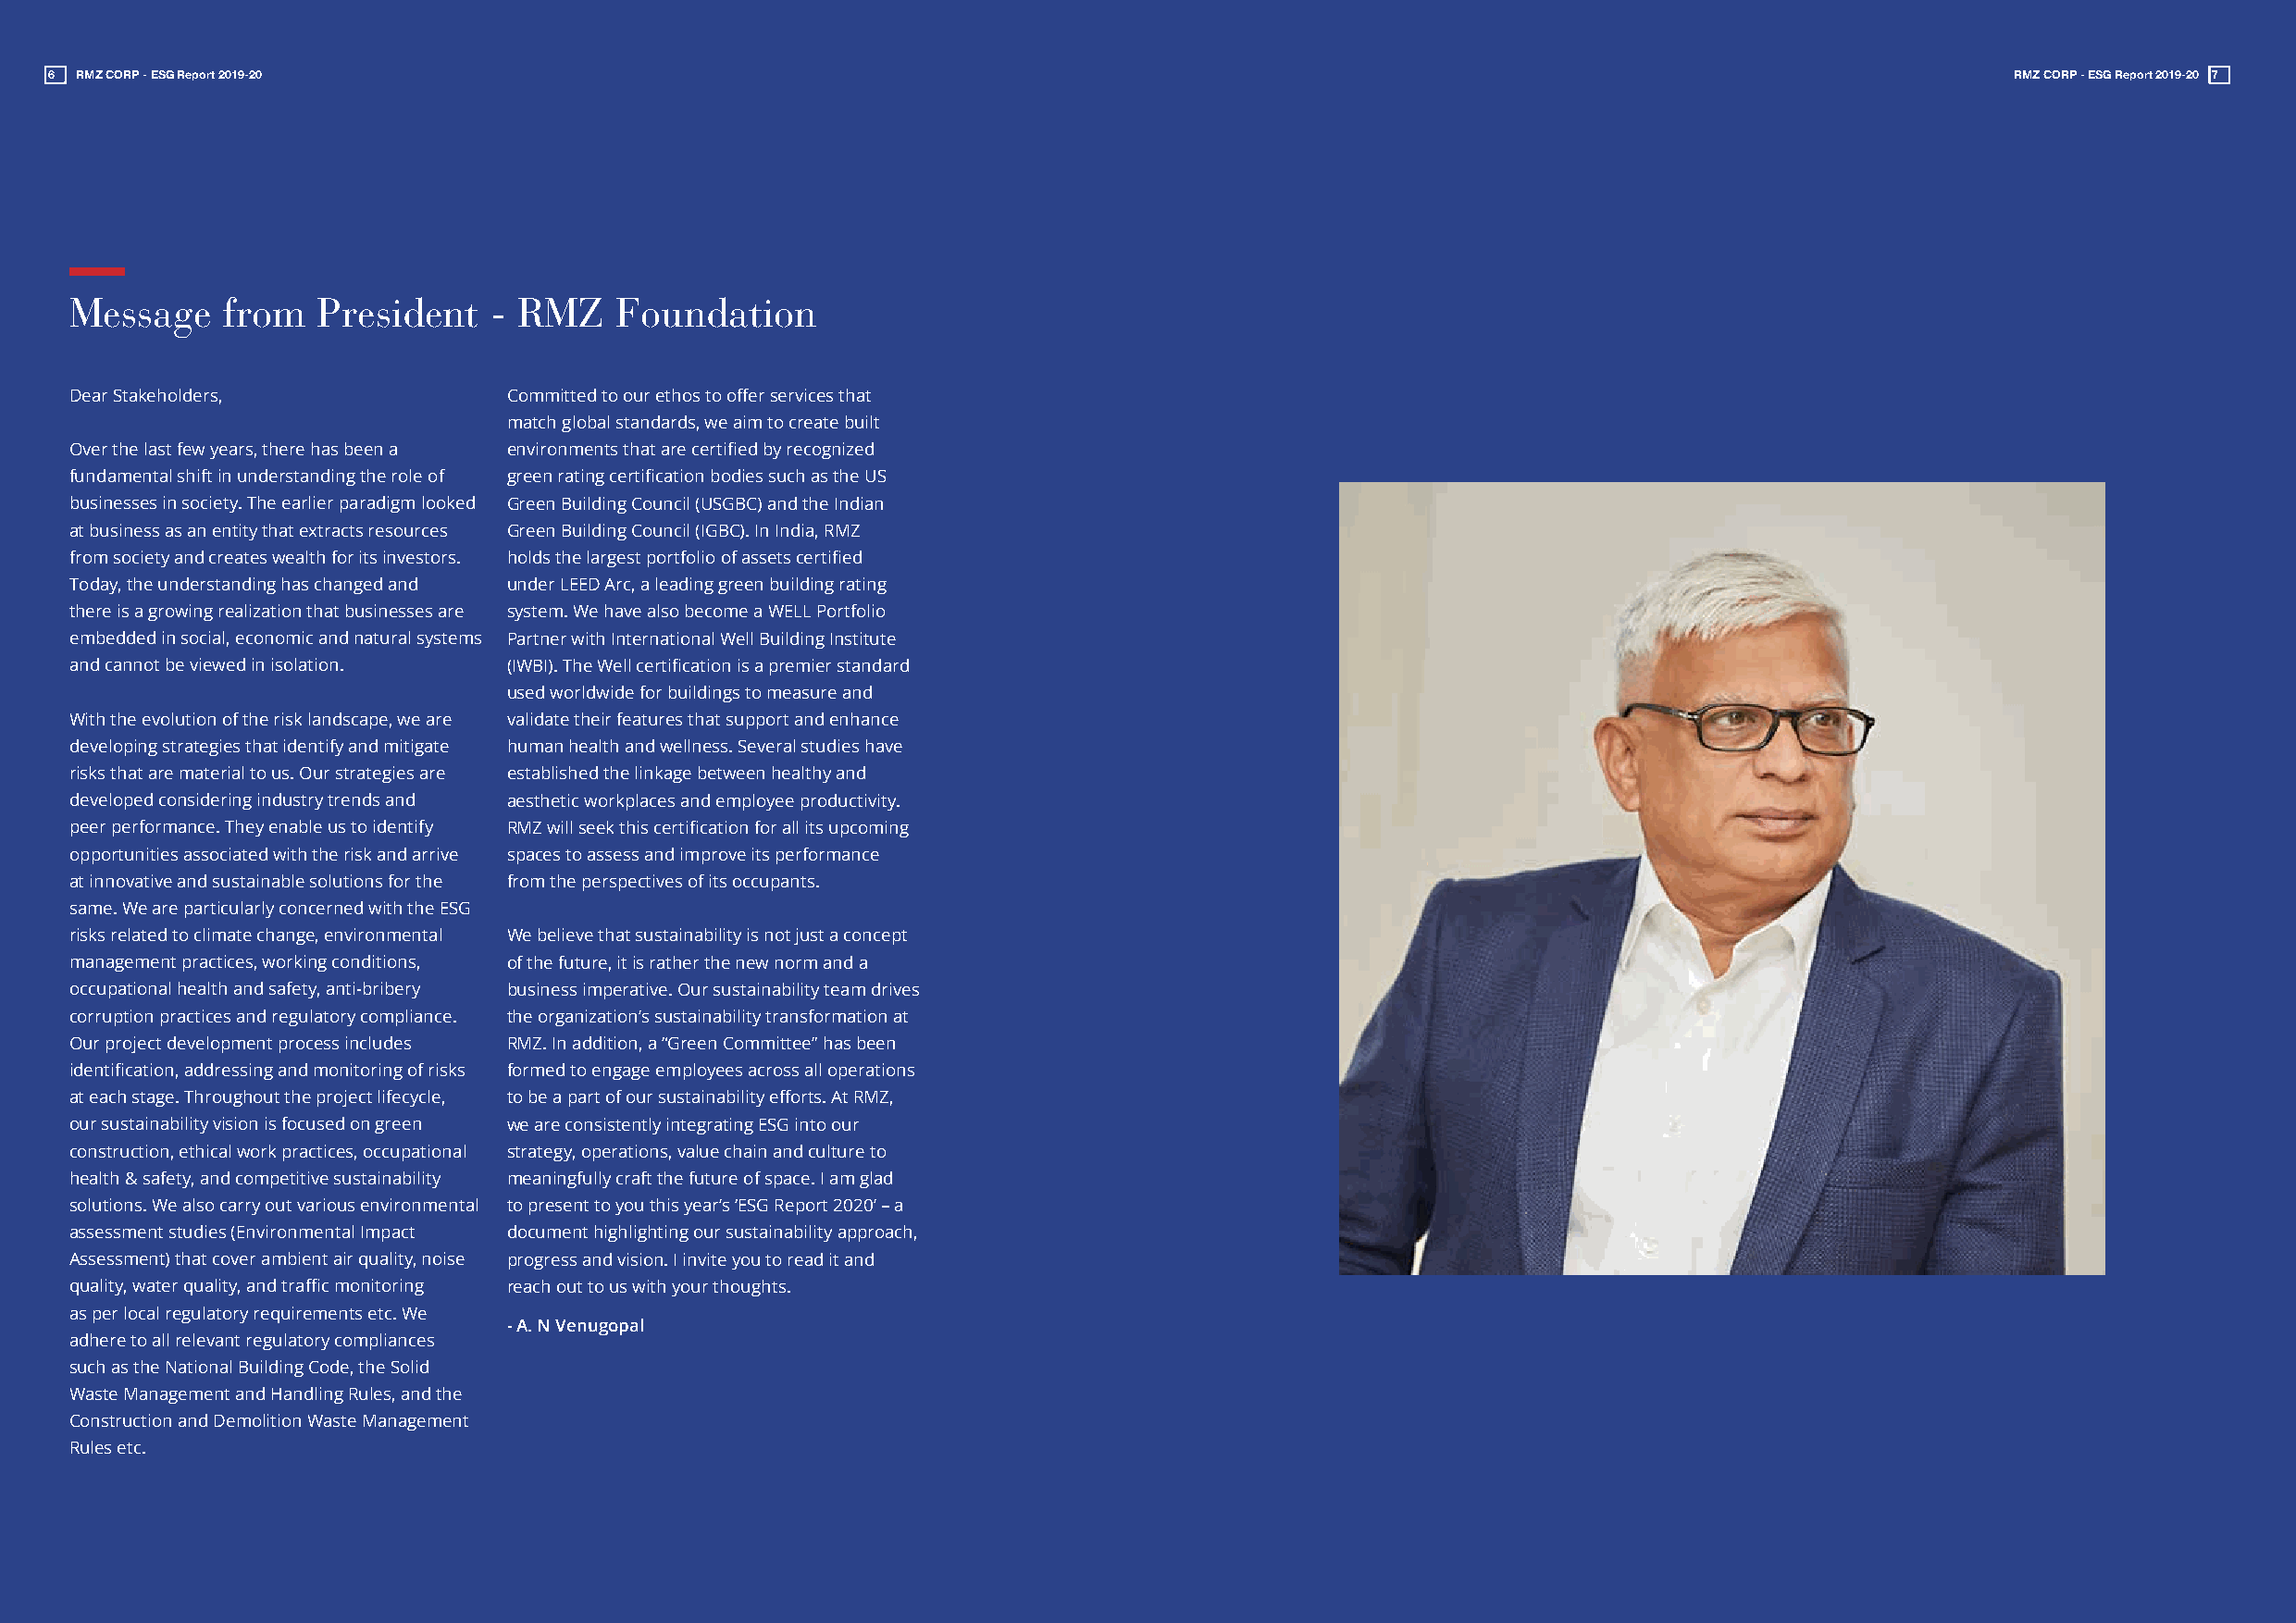
6 RMZ CORP - ESG Report 2019-20                                                                                                              RMZ CORP - ESG Report 2019-20 7
 Message    from   President   - RMZ    Foundation
 Dear Stakeholders,             Committed to our ethos to offer services that
 match global standards, we aim to create built
 Over the last few years, there has been a environments that are certified by recognized
 fundamental shift in understanding the role of green rating certification bodies such as the US
 businesses in society. The earlier paradigm looked Green Building Council (USGBC) and the Indian
 at business as an entity that extracts resources Green Building Council (IGBC). In India, RMZ
 from society and creates wealth for its investors. holds the largest portfolio of assets certified
 Today, the understanding has changed and under LEED Arc, a leading green building rating
 there is a growing realization that businesses are system. We have also become a WELL Portfolio
 embedded in social, economic and natural systems Partner with International Well Building Institute
 and cannot be viewed in isolation. (IWBI). The Well certification is a premier standard
 used worldwide for buildings to measure and
 With the evolution of the risk landscape, we are validate their features that support and enhance
 developing strategies that identify and mitigate human health and wellness. Several studies have
 risks that are material to us. Our strategies are established the linkage between healthy and
 developed considering industry trends and aesthetic workplaces and employee productivity.
 peer performance. They enable us to identify RMZ will seek this certification for all its upcoming
 opportunities associated with the risk and arrive spaces to assess and improve its performance
 at innovative and sustainable solutions for the from the perspectives of its occupants.
 same. We are particularly concerned with the ESG
 risks related to climate change, environmental We believe that sustainability is not just a concept
 management practices, working conditions, of the future, it is rather the new norm and a
 occupational health and safety, anti-bribery business imperative. Our sustainability team drives
 corruption practices and regulatory compliance. the organization’s sustainability transformation at
 Our project development process includes RMZ. In addition, a “Green Committee” has been
 identification, addressing and monitoring of risks formed to engage employees across all operations
 at each stage. Throughout the project lifecycle, to be a part of our sustainability efforts. At RMZ,
 our sustainability vision is focused on green we are consistently integrating ESG into our
 construction, ethical work practices, occupational strategy, operations, value chain and culture to
 health & safety, and competitive sustainability meaningfully craft the future of space. I am glad
 solutions. We also carry out various environmental to present to you this year’s ‘ESG Report 2020’ – a
 assessment studies (Environmental Impact document highlighting our sustainability approach,
 Assessment) that cover ambient air quality, noise progress and vision. I invite you to read it and
 quality, water quality, and traffic monitoring reach out to us with your thoughts.
 as per local regulatory requirements etc. We
 - A. N Venugopal
 adhere to all relevant regulatory compliances
 such as the National Building Code, the Solid
 Waste Management and Handling Rules, and the
 Construction and Demolition Waste Management
 Rules etc.